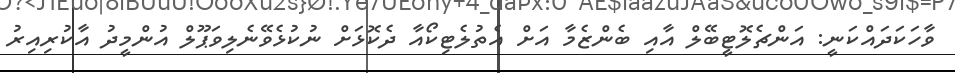
ވާހަކަދައްކަނީ: އަންޗެލޮޓީބޭލް އާއި ބެންޒެމާ އަށް އެތުލެޓިކޯއާ ދެކޮޅަށް ނުކުޅެވޭނެލިވަޕޫލް އުންމީދު އާކުރިއިރު